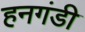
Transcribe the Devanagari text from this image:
हनगंडी